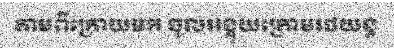
តាមពីក្រោយមក ចូលអង្គុយក្រោមរថយន្ត